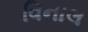
વિનાલ